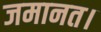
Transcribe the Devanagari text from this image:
जमानत।